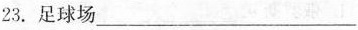
23.足球场___